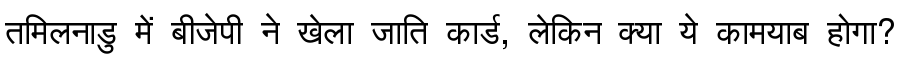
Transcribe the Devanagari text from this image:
तमिलनाडु में बीजेपी ने खेला जाति कार्ड, लेकिन क्या ये कामयाब होगा?